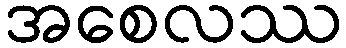
အစေလဿ